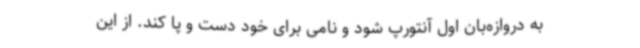
به دروازه‌بان اول آنتورپ شود و نامی برای خود دست و پا کند. از این